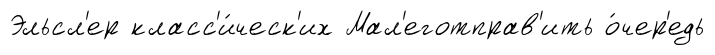
Эльсл'ер класс'и́ческ'их Мал'еготправ'ить о́чер'едь